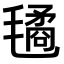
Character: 𣰇